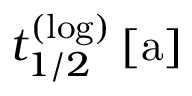
t _ { 1 / 2 } ^ { ( \mathrm { l o g } ) } \, [ \mathrm { a } ]